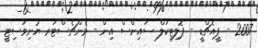
2007 - ޕީއެޗްޑީ - ޕޮލިޓިކަލް ސައިންސް އިން - މެންޗެސްޓަރ ޔުނިވަސިޓީ